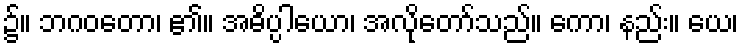
၌။ ဘဂဝတော၊ ၏။ အဓိပ္ပါယော၊ အလိုတော်သည်။ ကော၊ နည်း။ ယေ၊